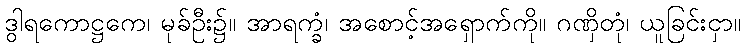
ဒွါရကောဋ္ဌကေ၊ မုခ်ဦး၌။ အာရက္ခံ၊ အစောင့်အရှောက်ကို။ ဂဏှိတုံ၊ ယူခြင်းငှာ။